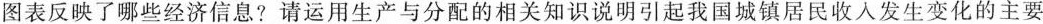
图表反映了哪些经济信息?请运用生产与分配的相关知识说明引起我国城镇居民收入发生变化的主要